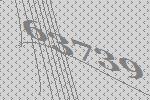
63739